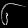
Digit: ၆